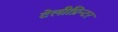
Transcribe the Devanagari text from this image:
टेलीप्रिन्टर